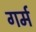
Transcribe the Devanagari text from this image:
गर्म